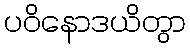
ပဝိနောဒယိတွာ